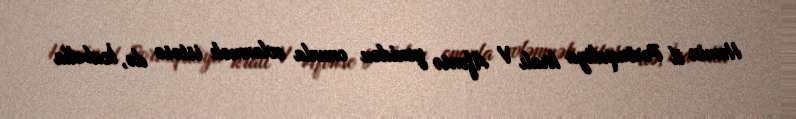
Həmin il Portuqaliya kralı V Afonso yenidən onunla evlənmək istəsə də, İzabella